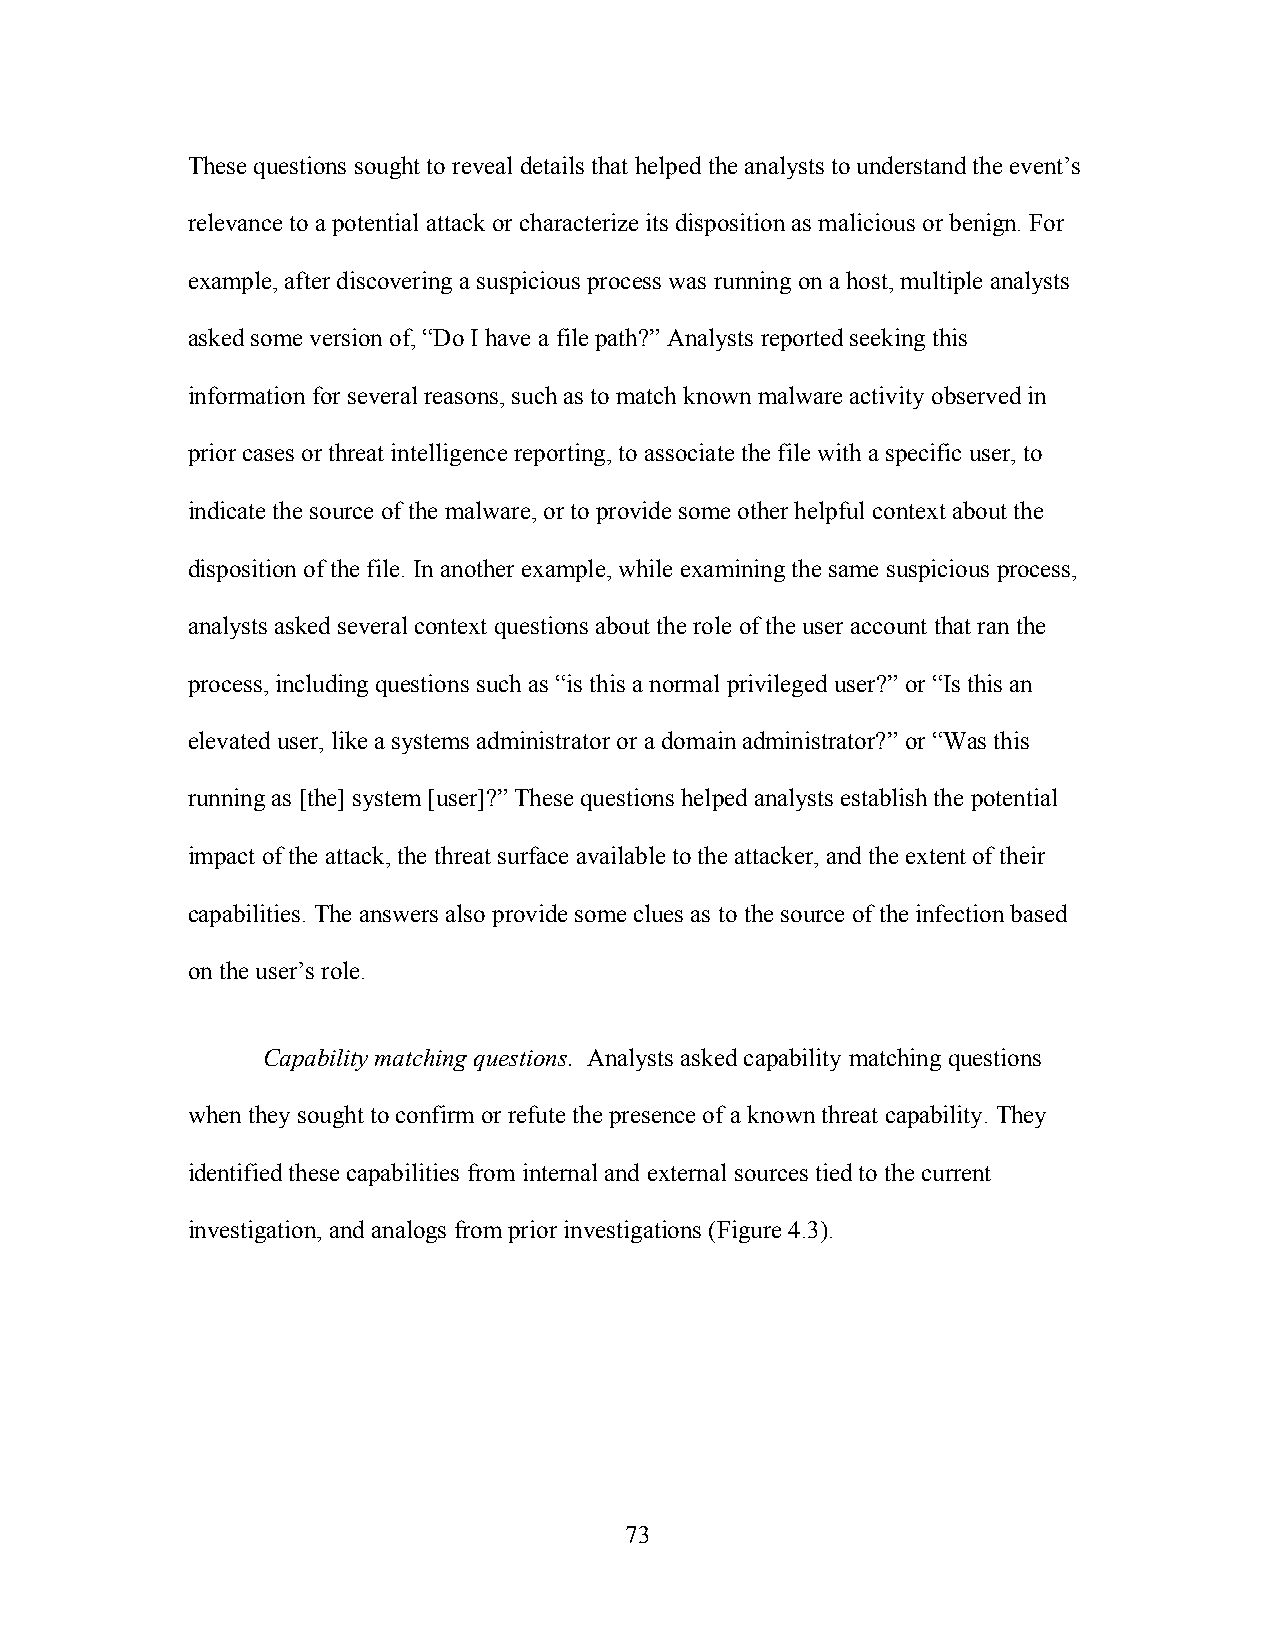
These questions sought to reveal details that helped the analysts to understand the event’s
 relevance to a potential attack or characterize its disposition as malicious or benign. For
 example, after discovering a suspicious process was running on a host, multiple analysts
 asked some version of, “Do I have a file path?” Analysts reported seeking this
 information for several reasons, such as to match known malware activity observed in
 prior cases or threat intelligence reporting, to associate the file with a specific user, to
 indicate the source of the malware, or to provide some other helpful context about the
 disposition of the file. In another example, while examining the same suspicious process,
 analysts asked several context questions about the role of the user account that ran the
 process, including questions such as “is this a normal privileged user?” or “Is this an
 elevated user, like a systems administrator or a domain administrator?” or “Was this
 running as [the] system [user]?” These questions helped analysts establish the potential
 impact of the attack, the threat surface available to the attacker, and the extent of their
 capabilities. The answers also provide some clues as to the source of the infection based
 on the user’s role.
 Capability matching questions. Analysts asked capability matching questions
 when they sought to confirm or refute the presence of a known threat capability. They
 identified these capabilities from internal and external sources tied to the current
 investigation, and analogs from prior investigations (Figure 4.3).
 73